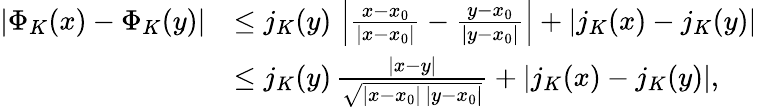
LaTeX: \begin{array}{rl}{|\Phi_{K}(x)-\Phi_{K}(y)|}&{\le j_{K}(y)\, \left|\frac{x-x_{0}}{|x-x_{0}|}-\frac{y-x_{0}}{|y-x_{0}|}\right|+|j_{K}(x)-j_{K}(y)|}\\ &{\le j_{K}(y)\, \frac{|x-y|}{\sqrt{|x-x_{0}|\, |y-x_{0}|}}+|j_{K}(x)-j_{K}(y)|,}\end{array}